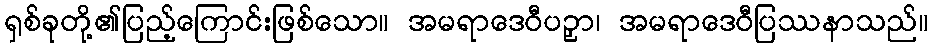
ရှစ်ခုတို့၏ပြည့်ကြောင်းဖြစ်သော။ အမရာဒေဝီပဉှာ၊ အမရာဒေဝီပြဿနာသည်။